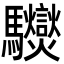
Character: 𩧟